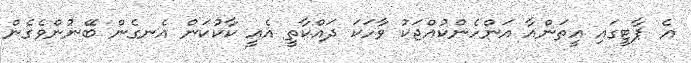
އެ ޕާޓީގައި އީތަންއާ އަންހެންކުއްޖަކު ވާހަކަ ދައްކާތީ އެއީ ކާކުކަން އެނގެން ބޭނުންވެގެން